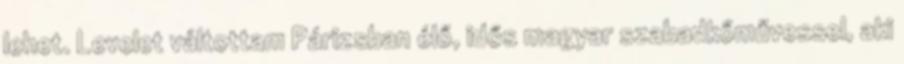
lehet. Levelet váltottam Párizs­ban élő, idős ma­gyar szabad­kőművessel, aki